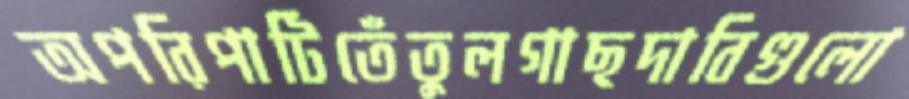
অপরিপাটিতেঁতুলগাছদাবিগুলো